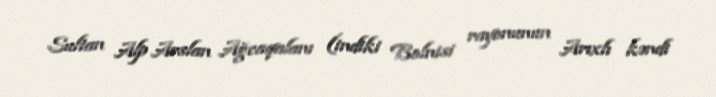
Sultan Alp Arslan Ağcaqalanı (indiki Bolnisi rayonunun Arıxlı kəndi